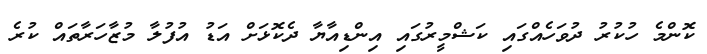
ކޮންމެ ހުކުރު ދުވަހެއްގައި ކަޝްމީރުގައި އިންޑިއާޔާ ދެކޮޅަށް އަޑު އުފުލާ މުޒާހަރާތައް ކުރެ